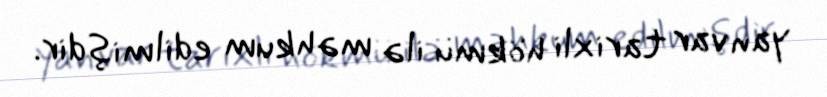
yanvar tarixli hökmü ilə məhkum edilmişdir.